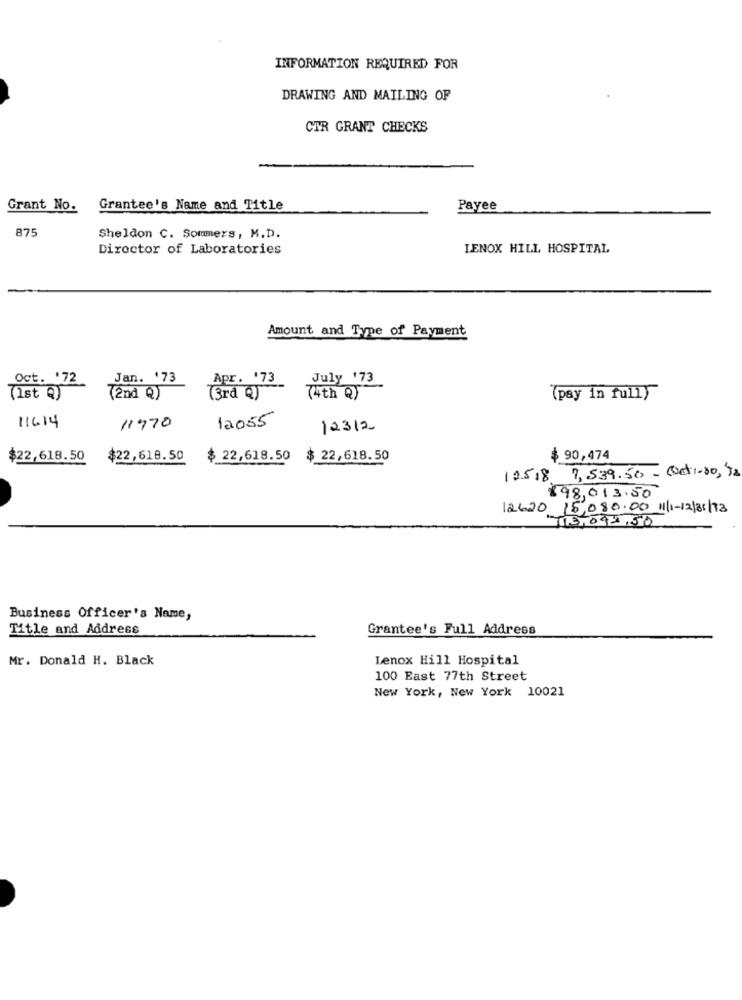
INFORMATION REQUIRED FOR
DRAWING AND MAILING OF
CTR GRANT CHECKS
Grant No.
Grantee's Name and Title
Payee
875
Sheldon C. Sommers, M.D.
Director of Laboratories
LENOX HILL HOSPITAL
Amount and Type of Payment
Oct. '72
Jan. '73
Apr. '73
July 173
(1st Q)
(2nd Q)
(3rd Q)
(4th Q)
(pay in full)
11414
12055
11970
12312
$22,618.50
$22,618.50
$ 22,618.50 $ 22,618.50
$ 90,474
12.5.8 7,539.50 - Det1-20, 32
$98,013.50
126.20 15,080.00 11-12/31/73
113,091,50
Business Officer's Name,
Title and Address
Grantee's Full Address
Mr. Donald H. Black
Lenox Hill Hospital
100 Bast 77th Street
New York, New York 10021